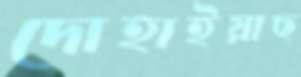
দোহাইয়াছ